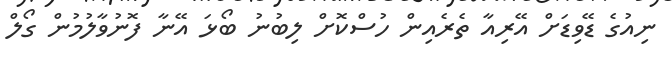
ނިއުގެ ޑޭވިޑަށް އޭރިއާ ތެރެއިން ހުސްކޮށް ލިބުނު ބޯޅަ އޭނާ ފޮނުވާލުމުން ގޯލް